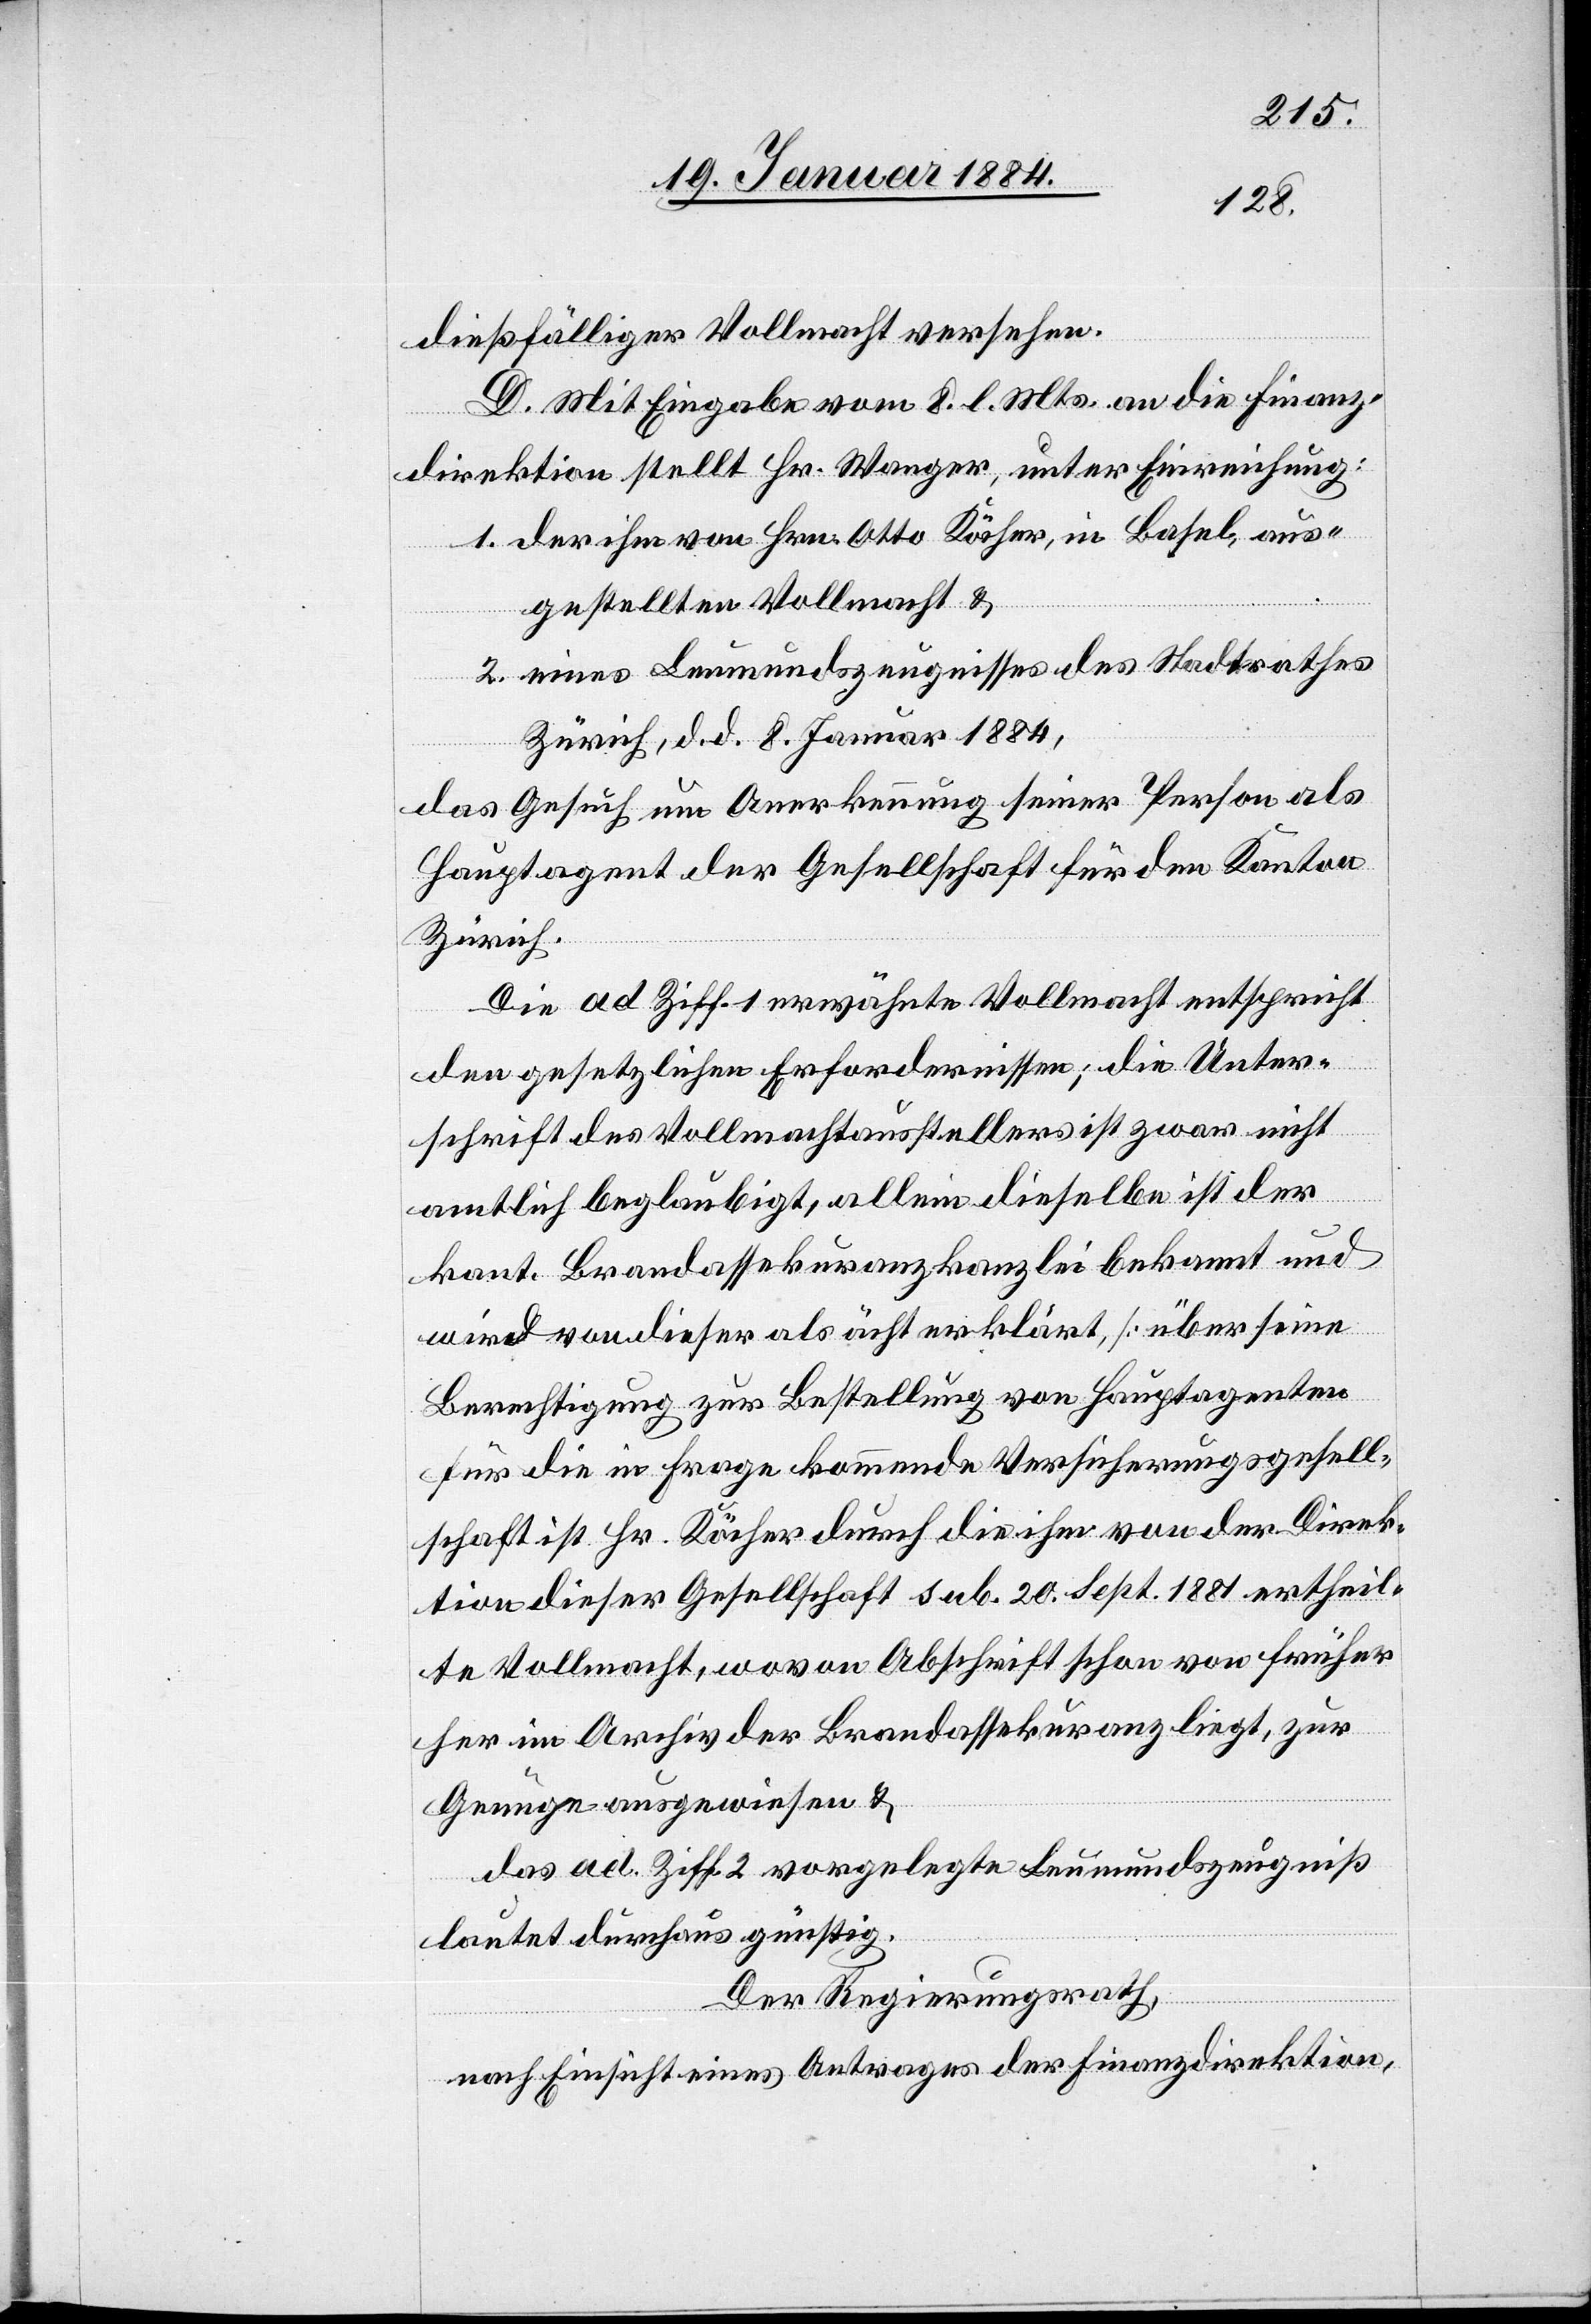
dießfälliger Vollmacht versehen.
D. Mit Eingabe vom 8. l. Mts. an die Finanz¬
direktion stellt Hr. Wanger, unter Einreichung:
1. der ihm von Hrn. Otto Köcher, in Basel, aus¬
gestellten Vollmacht &
2. eines Leumundszeugnisses des Stadtrathes
Zürich, d. d. 8. Januar 1884,
das Gesuch um Anerkennung seiner Person als
Hauptagent der Gesellschaft für den Kanton
Zürich.
Die ad Ziff. 1 erwähnte Vollmacht entspricht
den gesetzlichen Erfordernissen; die Unter¬
schrift des Vollmachtausstellers ist zwar nicht
amtlich beglaubigt, allein dieselbe ist der
kant. Brandassekuranzkanzlei bekannt und
wird von dieser als ächt [sic!] erklärt [über seine
Berechtigung zur Bestellung von Hauptagenten
für die in Frage kommende Versicherungsgesell¬
schaft ist Hr. Köcher durch die ihm von der Direk¬
tion dieser Gesellschaft sub. 20 Sept. 1881 ertheil¬
te Vollmacht, wovon Abschrift schon von früh¬
er im Archiv der Brandassekuranz liegt, zur
Genüge ausgewiesen] &
das ad Ziff. 2 vorgelegte Leumundszeugniß
lautet durchaus günstig.
Der Regierungsrath,
nach Einsicht eines Antrages der Finanzdirektion,